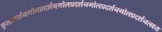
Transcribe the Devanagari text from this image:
कुलप्रदर्शनगोलप्रदर्शनगोलप्रदर्शनगोलप्रदर्शनगोलप्रदर्शनलक्ष्य